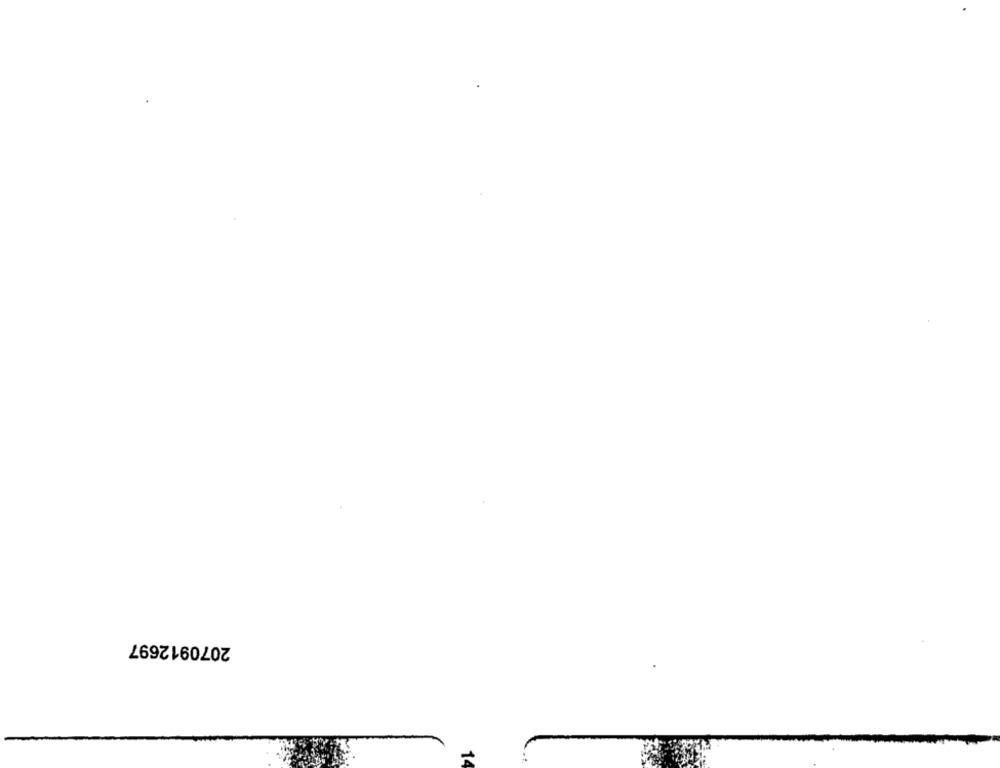
2070912697